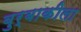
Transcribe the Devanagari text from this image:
बुर्बाकीला